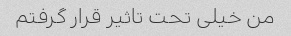
من خیلی تحت تاثیر قرار گرفتم